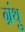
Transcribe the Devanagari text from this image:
ग्रंथु